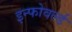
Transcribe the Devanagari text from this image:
इन्फोवर्ल्ड